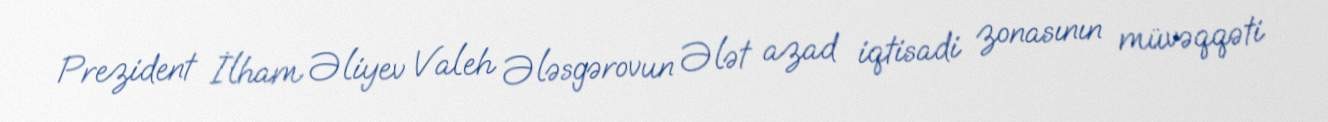
Prezident İlham Əliyev Valeh Ələsgərovun Ələt azad iqtisadi zonasının müvəqqəti